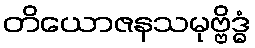
တိယောဇနသမုဗ္ဗိဒ္ဓံ